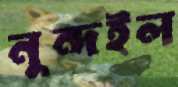
নুন্দইল